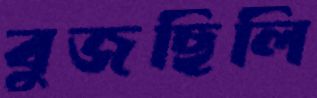
বুজছিলি